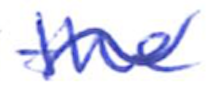
Text: the
Cross-out: wave
Writing tool: ballpoint